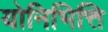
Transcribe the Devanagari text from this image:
योनिभित्ति